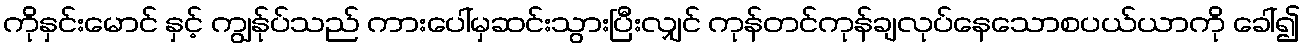
ကိုနှင်းမောင် နှင့် ကျွန်ုပ်သည် ကားပေါ်မှဆင်းသွားပြီးလျှင် ကုန်တင်ကုန်ချလုပ်နေသောစပယ်ယာကို ခေါ်၍